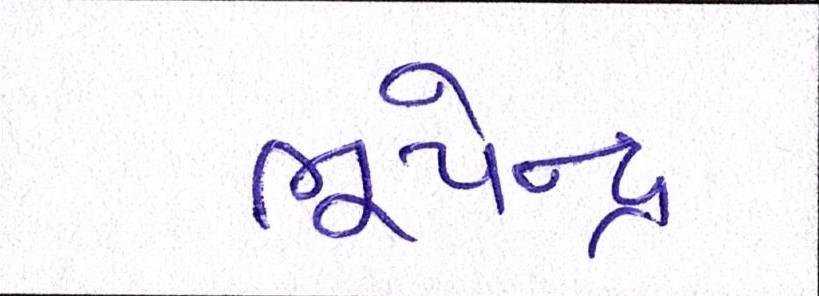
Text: ભૂપેન્દ્ર